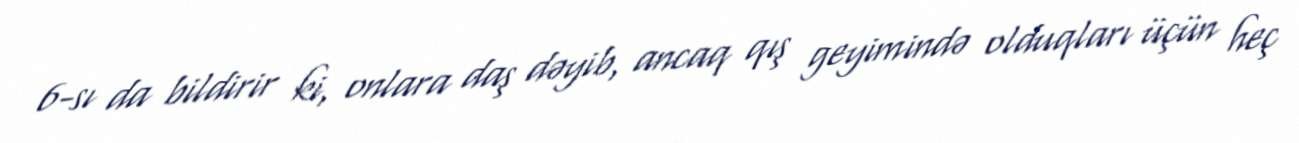
6-sı da bildirir ki, onlara daş dəyib, ancaq qış geyimində olduqları üçün heç